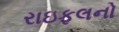
રાઇફલનો